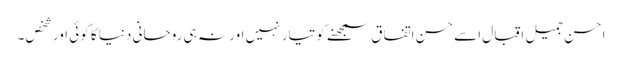
احسن جمیل اقبال اسے حسن اتفاق سمجھنے کو تیار نہیں اور نہ ہی روحانی دنیا کا کوئی اور شخص۔